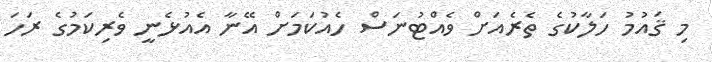
މި ޤައުމު ހަލާކުގެ ތެރެއަށް ވެއްޓުނަސް ހެއުކަމަށް އޭނާ އެއުޅެނީ ވެރިކަމުގެ ރަހަ